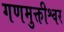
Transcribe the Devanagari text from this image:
गणमुक्तीश्वर